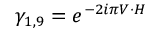
\gamma _ { 1 , 9 } = e ^ { - 2 i \pi V \cdot H }